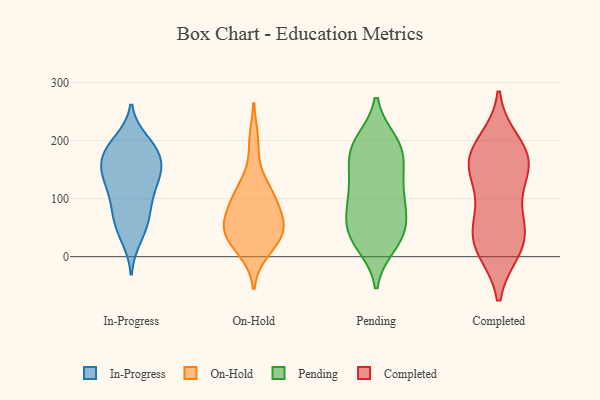
{"axis": {"x": "Bounce Rate (%)", "y": "Value"}, "legend": ["Completed", "In-Progress", "On-Hold", "Pending"], "data": [{"x": "", "y": 32, "type": "In-Progress"}, {"x": "", "y": 175, "type": "In-Progress"}, {"x": "", "y": 151, "type": "In-Progress"}, {"x": "", "y": 84, "type": "In-Progress"}, {"x": "", "y": 199, "type": "In-Progress"}, {"x": "", "y": 47, "type": "In-Progress"}, {"x": "", "y": 187, "type": "In-Progress"}, {"x": "", "y": 55, "type": "In-Progress"}, {"x": "", "y": 82, "type": "In-Progress"}, {"x": "", "y": 179, "type": "In-Progress"}, {"x": "", "y": 169, "type": "In-Progress"}, {"x": "", "y": 126, "type": "In-Progress"}, {"x": "", "y": 132, "type": "In-Progress"}, {"x": "", "y": 127, "type": "In-Progress"}, {"x": "", "y": 137, "type": "In-Progress"}, {"x": "", "y": 192, "type": "In-Progress"}, {"x": "", "y": 151, "type": "In-Progress"}, {"x": "", "y": 87, "type": "In-Progress"}, {"x": "", "y": 55, "type": "On-Hold"}, {"x": "", "y": 29, "type": "On-Hold"}, {"x": "", "y": 198, "type": "On-Hold"}, {"x": "", "y": 44, "type": "On-Hold"}, {"x": "", "y": 63, "type": "On-Hold"}, {"x": "", "y": 11, "type": "On-Hold"}, {"x": "", "y": 112, "type": "On-Hold"}, {"x": "", "y": 49, "type": "On-Hold"}, {"x": "", "y": 81, "type": "On-Hold"}, {"x": "", "y": 117, "type": "On-Hold"}, {"x": "", "y": 34, "type": "On-Hold"}, {"x": "", "y": 105, "type": "On-Hold"}, {"x": "", "y": 193, "type": "Pending"}, {"x": "", "y": 82, "type": "Pending"}, {"x": "", "y": 42, "type": "Pending"}, {"x": "", "y": 24, "type": "Pending"}, {"x": "", "y": 51, "type": "Pending"}, {"x": "", "y": 190, "type": "Pending"}, {"x": "", "y": 117, "type": "Pending"}, {"x": "", "y": 105, "type": "Pending"}, {"x": "", "y": 40, "type": "Pending"}, {"x": "", "y": 51, "type": "Pending"}, {"x": "", "y": 87, "type": "Pending"}, {"x": "", "y": 21, "type": "Pending"}, {"x": "", "y": 148, "type": "Pending"}, {"x": "", "y": 167, "type": "Pending"}, {"x": "", "y": 110, "type": "Pending"}, {"x": "", "y": 192, "type": "Pending"}, {"x": "", "y": 159, "type": "Pending"}, {"x": "", "y": 198, "type": "Pending"}, {"x": "", "y": 158, "type": "Completed"}, {"x": "", "y": 61, "type": "Completed"}, {"x": "", "y": 165, "type": "Completed"}, {"x": "", "y": 123, "type": "Completed"}, {"x": "", "y": 172, "type": "Completed"}, {"x": "", "y": 179, "type": "Completed"}, {"x": "", "y": 66, "type": "Completed"}, {"x": "", "y": 13, "type": "Completed"}, {"x": "", "y": 13, "type": "Completed"}, {"x": "", "y": 146, "type": "Completed"}, {"x": "", "y": 196, "type": "Completed"}, {"x": "", "y": 39, "type": "Completed"}, {"x": "", "y": 23, "type": "Completed"}]}